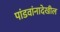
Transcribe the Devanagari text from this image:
पांडवांनादेखील